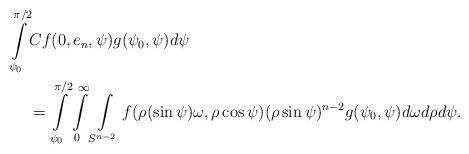
LaTeX: \begin{align*}\int\limits_{\psi_0}^{\pi/2}&Cf(0,e_n,\psi)g(\psi_0,\psi)d\psi \\&= \int\limits_{\psi_0}^{\pi/2} \int\limits_0^{\infty} \int\limits_{S^{n-2}}f(\rho (\sin\psi) \omega, \rho \cos \psi)(\rho \sin\psi)^{n-2}g(\psi_0,\psi)d\omega d\rho d\psi.\end{align*}